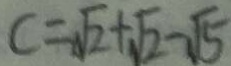
c = \sqrt { 2 } + \sqrt { 2 } - \sqrt { 5 }